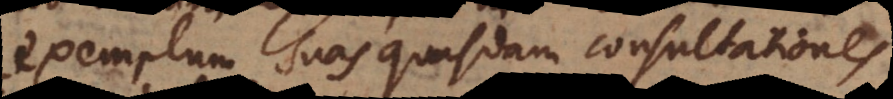
exemplum suas quasdam consultationes